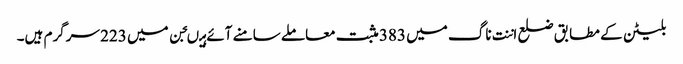
بلیٹن کے مطابق ضلع اننت ناگ میں 383 مثبت معاملے سامنے آئے ہیںجن میں 223 سرگرم ہیں۔